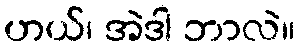
ဟယ်၊ အဲဒါ ဘာလဲ။